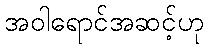
အဝါရောင်အဆင့်ဟု